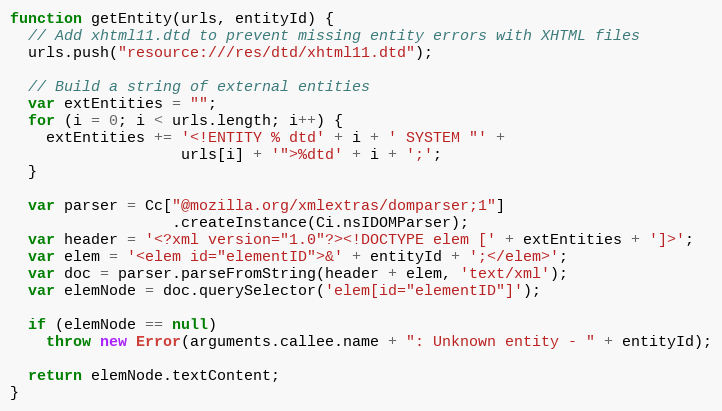
Language: JavaScript
function getEntity(urls, entityId) {
  // Add xhtml11.dtd to prevent missing entity errors with XHTML files
  urls.push("resource:///res/dtd/xhtml11.dtd");

  // Build a string of external entities
  var extEntities = "";
  for (i = 0; i < urls.length; i++) {
    extEntities += '<!ENTITY % dtd' + i + ' SYSTEM "' +
                   urls[i] + '">%dtd' + i + ';';
  }

  var parser = Cc["@mozilla.org/xmlextras/domparser;1"]
                  .createInstance(Ci.nsIDOMParser);
  var header = '<?xml version="1.0"?><!DOCTYPE elem [' + extEntities + ']>';
  var elem = '<elem id="elementID">&' + entityId + ';</elem>';
  var doc = parser.parseFromString(header + elem, 'text/xml');
  var elemNode = doc.querySelector('elem[id="elementID"]');

  if (elemNode == null)
    throw new Error(arguments.callee.name + ": Unknown entity - " + entityId);

  return elemNode.textContent;
}